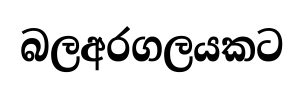
බලඅරගලයකට